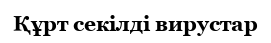
Құрт секілді вирустар